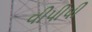
વીપીપી